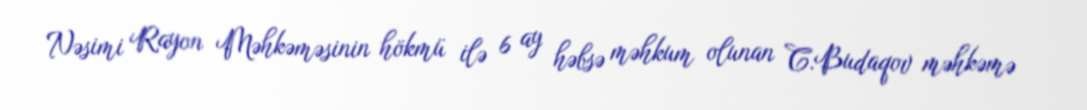
Nəsimi Rayon Məhkəməsinin hökmü ilə 6 ay həbsə məhkum olunan C.Budaqov məhkəmə